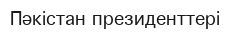
Пәкістан президенттері